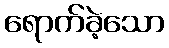
ရောက်ခဲ့သော